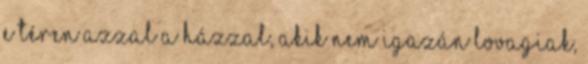
e téren azzal a Házzal, akik nem igazán lovagiak,